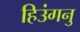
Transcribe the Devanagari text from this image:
हिउंगनु